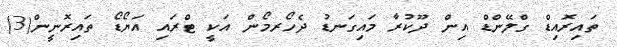
ތައިރޮއިޑް ގްލޭންޑް އިން ދޫކުރާ މައިގަނޑު ދެހޯރމޯން އަކީ ޓްރައި އަޔޯޑޯ ތައިރޮނީން(3)